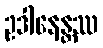
ဥဒါနေန္တဿ